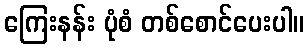
ကြေးနန်း ပုံစံ တစ်စောင်ပေးပါ။